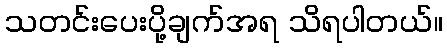
သတင်းပေးပို့ချက်အရ သိရပါတယ်။